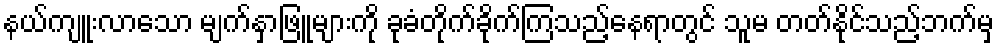
နယ်ကျူးလာသော မျက်နှာဖြူများကို ခုခံတိုက်ခိုက်ကြသည့်နေရာတွင် သူမ တတ်နိုင်သည့်ဘက်မှ